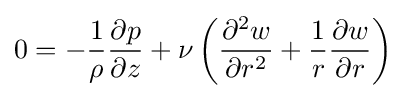
0=-{\frac {1}{\rho }}{\frac {\partial p}{\partial z}}+\nu \left({\frac {\partial ^{2}w}{\partial r^{2}}}+{\frac {1}{r}}{\frac {\partial w}{\partial r}}\right)